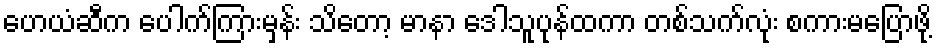
ဟေယံဆီက ပေါက်ကြားမှန်း သိတော့ မာနာ ဒေါသူပုန်ထကာ တစ်သက်လုံး စကားမပြောဖို့